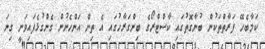
ކަމާބެހޭ ފަރާތްތަކުން ބުނާގޮތުގައި ކާސްޓްރޯގެ ބިންގަރާހުގައި އެ ތިން އަންހެނުން ގެންގުޅެފައިވަނީ ގިނަ